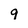
Character: 9